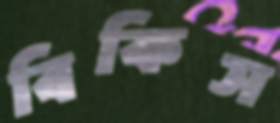
বিকিস